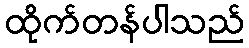
ထိုက်တန်ပါသည်